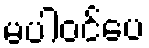
မပါဝင်ပေ